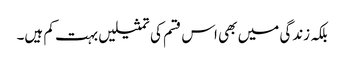
بلکہ زندگی میں بھی اس قسم کی تمثیلیں بہت کم ہیں۔